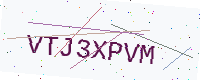
Text: VTJ3XPVM